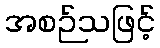
အစဉ်သဖြင့်